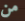
من